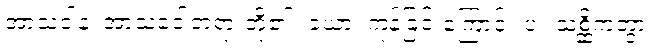
အာသဝါနံ၊ အာသဝေါတရားတို့၏။ ခယာ၊ ကုန်ခြင်းကြောင့်။ ပ။ သစ္ဆိကတွာ၊